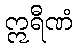
ဣရီဏံ